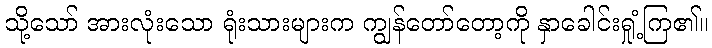
သို့သော် အားလုံးသော ရုံးသားများက ကျွန်တော်တော့ကို နှာခေါင်းရှုံ့ကြ၏။